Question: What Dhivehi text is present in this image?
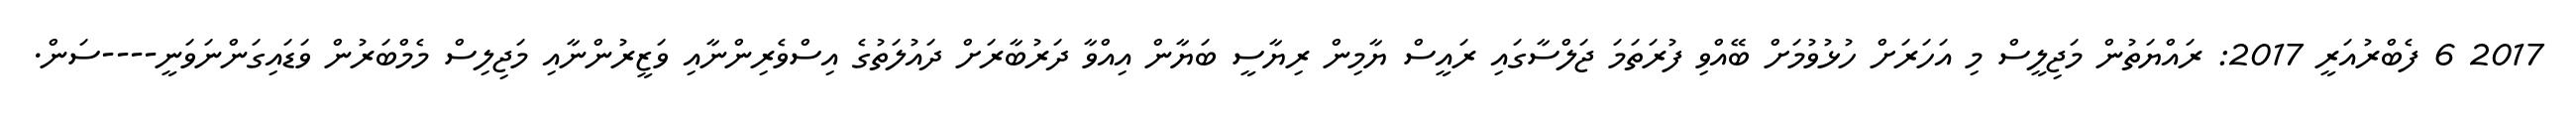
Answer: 2017 6 ފެބްރުއަރީ 2017: ރައްޔަތުން މަޖިލީސް މި އަހަރަށް ހުޅުވުމަށް ބޭއްވި ފުރަތަމަ ޖަލްސާގައި ރައީސް ޔާމިން ރިޔާސީ ބަޔާން އިއްވާ ދަރުބާރަށް ދައުލަތުގެ އިސްވެރިންނާއި ވަޒީރުންނާއި މަޖިލިސް މެމްބަރުން ވަޑައިގަންނަވަނީ----ސަން.